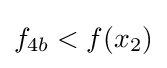
f_{4b}<f(x_{2})